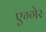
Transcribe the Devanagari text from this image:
एग्गेर